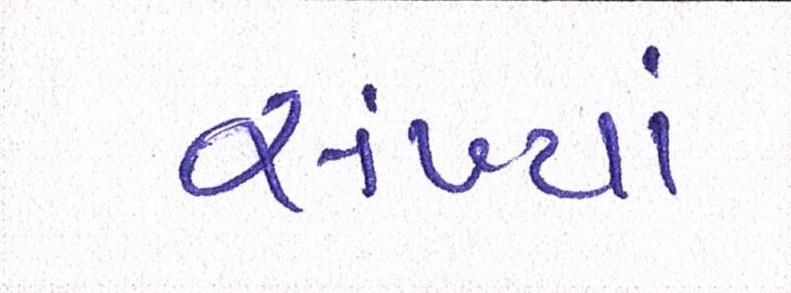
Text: સંખ્યાં